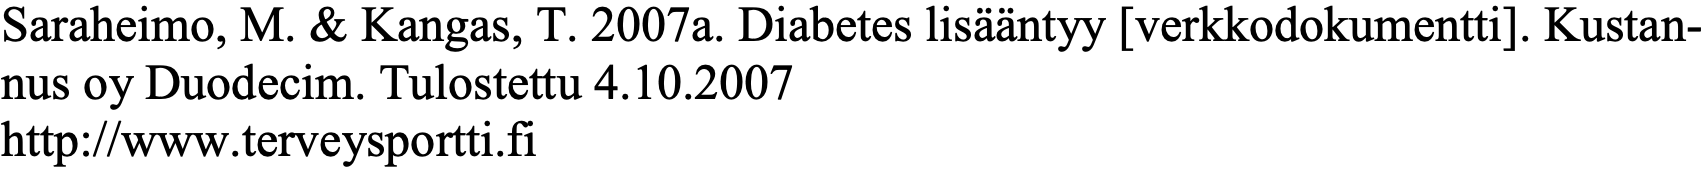
Saraheimo, M. & Kangas, T. 2007a. Diabetes lisääntyy [verkkodokumentti]. Kustan- nus oy Duodecim. Tulostettu 4.10.2007 http://www.terveysportti.fi